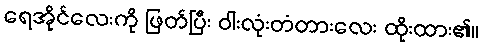
ရေအိုင်လေးကို ဖြတ်ပြီး ဝါးလုံးတံတားလေး ထိုးထား၏။